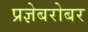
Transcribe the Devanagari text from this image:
प्रज्ञेबरोबर